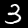
Label: 3